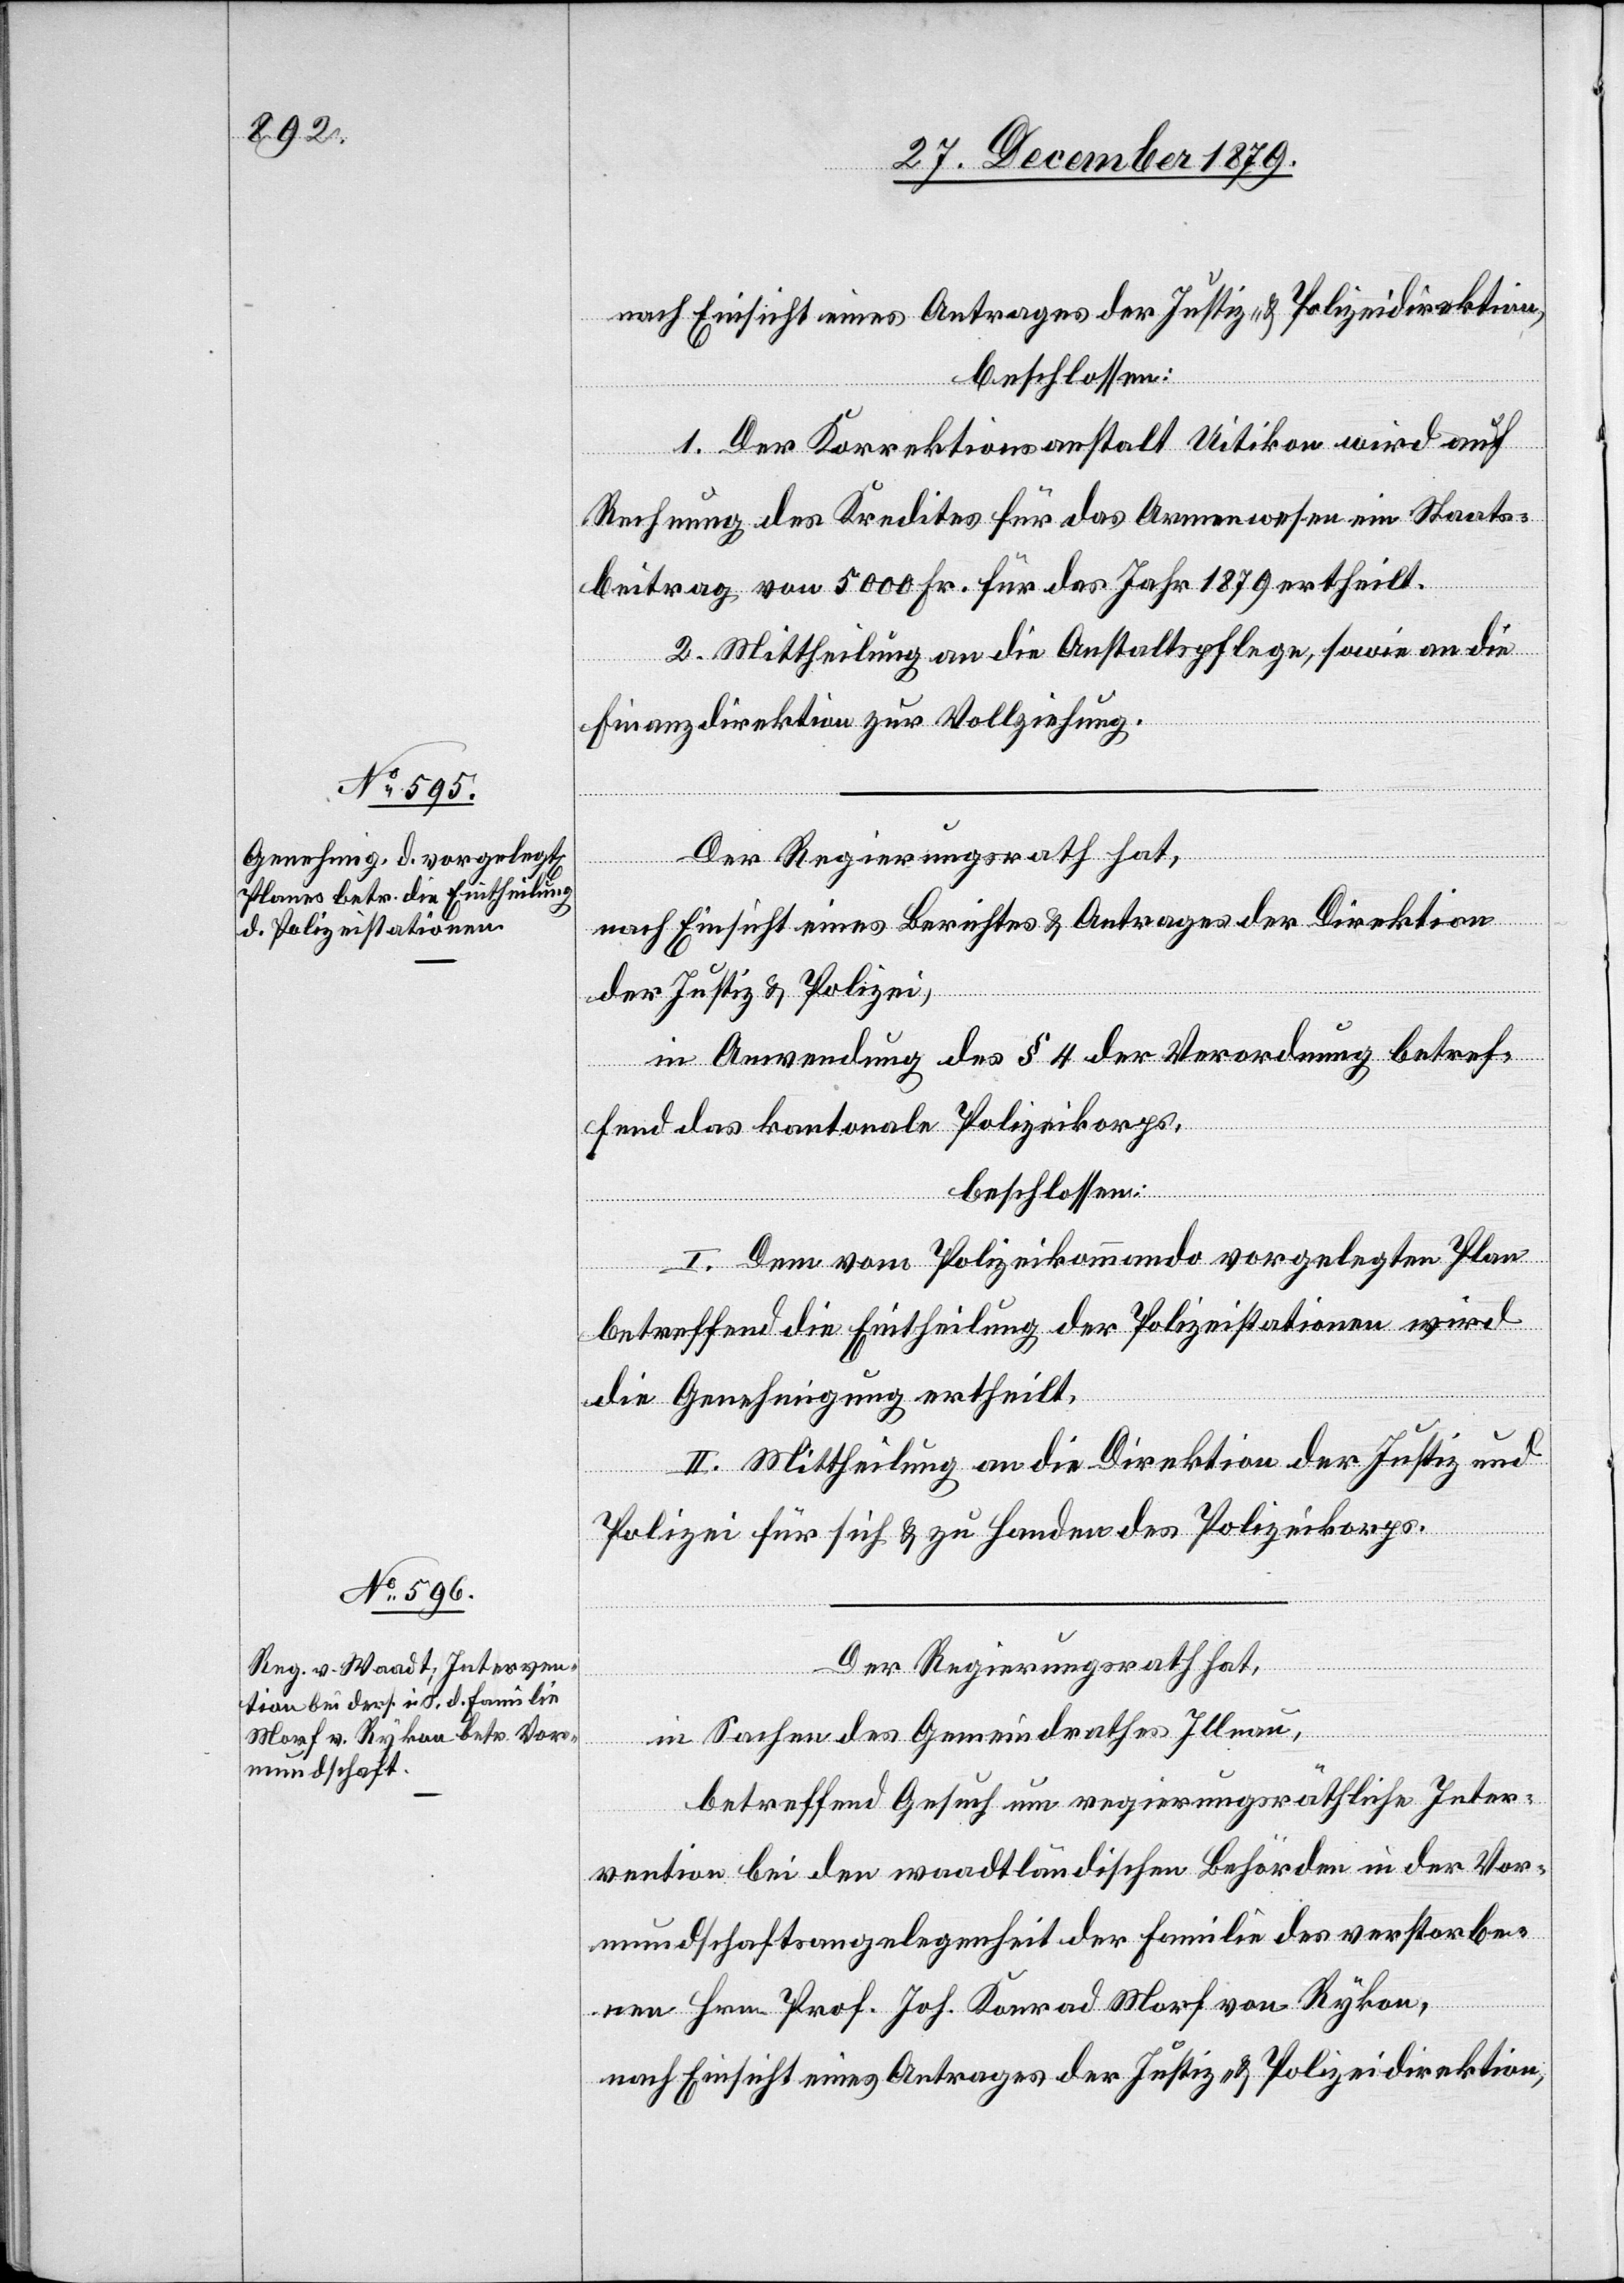
Nach Einsicht eines Antrages der Justiz- & Polizeidirektion,
beschlossen:
1. Der Korrektionsanstalt Uitikon wird auf
Rechnung des Kredites für das Armenwesen ein Staats¬
beitrag von 5000 Fr. für das Jahr 1879 ertheilt.
2. Mittheilung an die Anstaltspflege, sowie an die
Finanzdirektion zur Vollziehung.
Der Regierungsrath hat,
nach Einsicht eines Berichtes & Antrages der Direktion
der Justiz & Polizei,
in Anwendung des § 4 der Verordnung betref¬
fend kantonale Polizeikorps,
beschlossen:
I. Dem vom Polizeikommando vorgelegte Plan
betreffend die Eintheilung der Polizeistationen wird
die Genehmigung ertheilt.
II. Mittheilung an die Direktion der Justiz und
Polizei für sich & zu Handen des Polizeikorps.
Der Regierungsrath hat,
in Sachen des Gemeindrathes Illnau,
betreffend Gesuch um regierungsräthliche Inter¬
vention bei den waadtländischen Behörden in der Vor¬
mundschaftsangelegenheit der Familie des verstorbe¬
nen Hrn. Prof. Joh. Konrad Morf von Rykon,
nach Einsicht eines Antrages der Justiz- & Polizeidirektion,